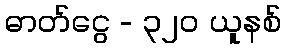
ဓာတ်ငွေ - ၃၂၀ ယူနစ်